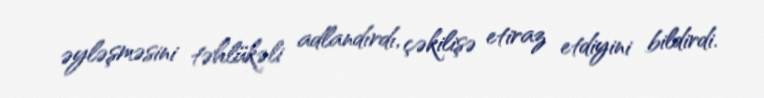
əyləşməsini təhlükəli adlandırdı, çəkilişə etiraz etdiyini bildirdi.